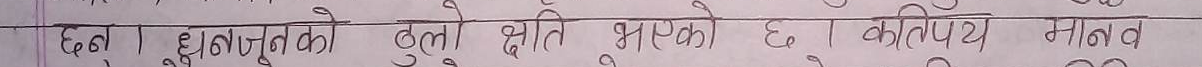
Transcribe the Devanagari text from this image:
छ। झण्डै जुनको ठुलो क्षति भएको छ। कतिपय मानव